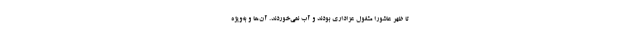
تا ظهر عاشورا مشغول عزاداری بودند و آب نمی‌خوردند. آن‌ها و به‌ویژه